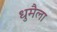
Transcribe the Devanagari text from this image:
धुमैला